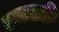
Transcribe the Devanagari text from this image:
सकळाहि